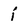
Character: j